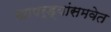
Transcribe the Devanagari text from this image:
खापर्ड्यांसमवेत